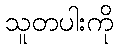
သူတပါးကို